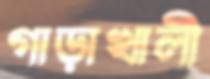
গাড়াখালী